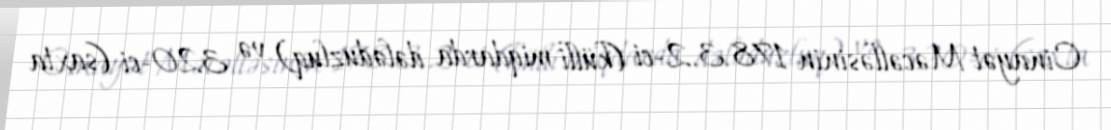
Cinayət Məcəlləsinin 178.3.2-ci (külli miqdarda dələduzluq) və 320-ci (saxta